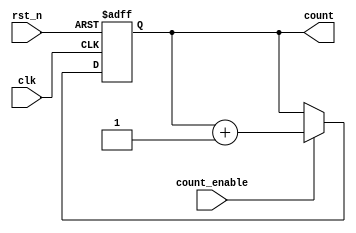
module async_counter (
    input wire clk,              // Clock input
    input wire rst_n,           // Asynchronous reset (active low)
    input wire count_enable,     // Count enable input
    output reg [N-1:0] count     // Output count value
);
    parameter N = 3;             // Number of bits for the counter (3-bit counter)

    always @(posedge clk or negedge rst_n) begin
        if (!rst_n) begin
            count <= 0;          // Reset count to 0
        end else if (count_enable) begin
            count <= count + 1;  // Increment count
        end
    end
endmodule